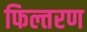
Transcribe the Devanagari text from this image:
फिल्तरण